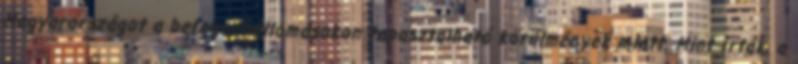
Magyarországot a befogadóállomásokon tapasztalható körülmények miatt. Mint írták, a